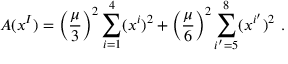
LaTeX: A ( x ^ { I } ) = \left( \frac { \mu } { 3 } \right) ^ { 2 } \sum _ { i = 1 } ^ { 4 } ( x ^ { i } ) ^ { 2 } + \left( \frac { \mu } { 6 } \right) ^ { 2 } \sum _ { i ^ { \prime } = 5 } ^ { 8 } ( x ^ { i ^ { \prime } } ) ^ { 2 } ~ .